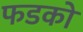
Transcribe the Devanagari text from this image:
फडको